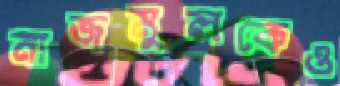
নাজমুলকেও